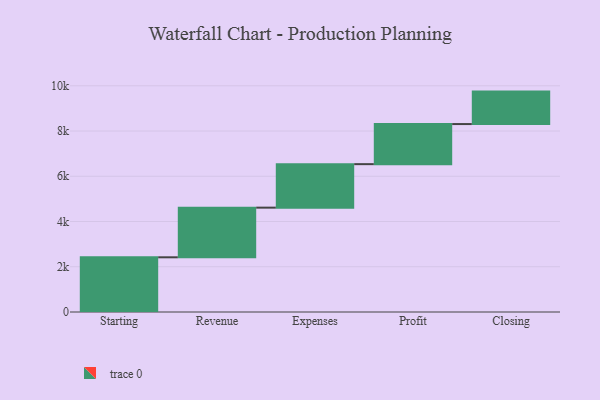
{"axis": {"x": "Step", "y": "Value"}, "legend": [""], "data": [{"x": "Starting", "y": 2418.0, "type": ""}, {"x": "Revenue", "y": 2195.0, "type": ""}, {"x": "Expenses", "y": 1923.0, "type": ""}, {"x": "Profit", "y": 1772.0, "type": ""}, {"x": "Closing", "y": 1435.0, "type": ""}]}